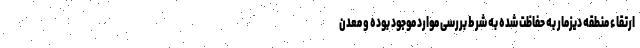
ارتقاء منطقه دیزمار به حفاظت شده به شرط بررسی موارد موجود بوده و معدن